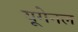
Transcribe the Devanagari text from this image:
यूगेनल